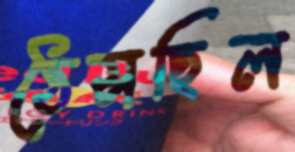
ঠেসছিল